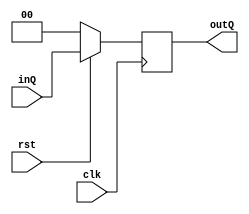
module reg2bit(
    input wire clk,
	 input wire rst,
    input wire [1:0] inQ,
    output reg [1:0] outQ
    );
	 
	 always @(negedge clk)
	 begin
	   outQ <=inQ;
	   if(rst==0) outQ <= 2'b00;
	 end


endmodule